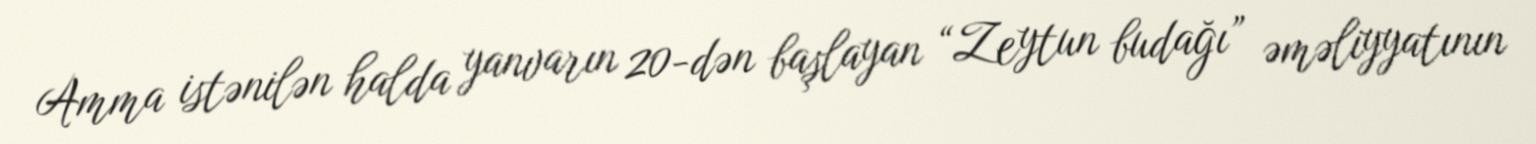
Amma istənilən halda yanvarın 20-dən başlayan “Zeytun budağı” əməliyyatının